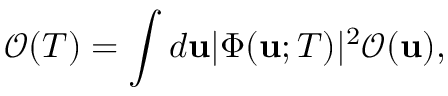
\mathcal { O } ( T ) = \int d \mathbf { u } | \Phi ( \mathbf { u } ; T ) | ^ { 2 } \mathcal { O } ( \mathbf { u } ) ,